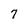
Character: 7